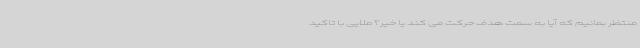
منتظر بمانیم که آیا به سمت هدف حرکت می کند یا خیر؟ ملایی با تاکید